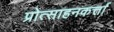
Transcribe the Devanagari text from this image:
प्रोत्साहनकर्त्ता